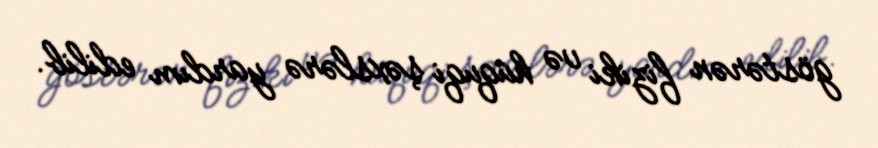
göstərən fiziki və hüquqi şəxslərə yardım edilib.